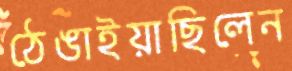
ঠেঙাইয়াছিলেন